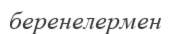
беренелермен